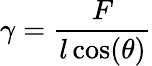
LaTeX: \gamma={\frac{F}{l\cos(\theta)}}